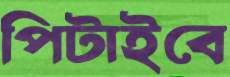
পিটাইবে